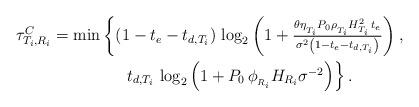
LaTeX: \begin{align*}&\tau_{T_i,R_i}^C=\textstyle\min\left\lbrace\left(1-t_e-t_{d,T_i}\right)\,\log_2\left(1+\frac{\theta\eta_{_{T_i}} P_0 \rho_{_{T_i}} H_{T_i}^2\,t_e} {\sigma^2\left( 1-t_e-t_{d,T_i}\right)}\right)\right.,\\&\qquad\qquad\qquad\;\;\textstyle\left.t_{d,T_i}\,\log_2\left(1+{P_0\,\phi_{_{R_i}} H_{R_i}}{\sigma^{-2}}\right)\right\rbrace.\end{align*}